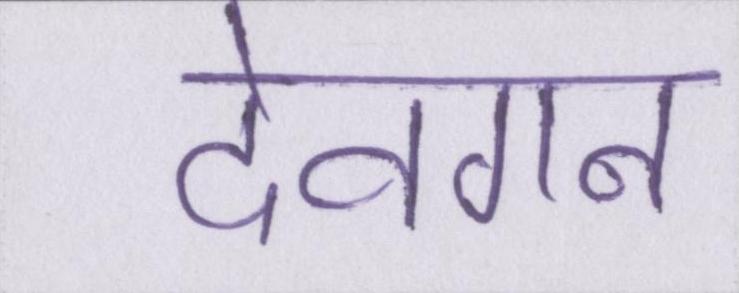
देवगन